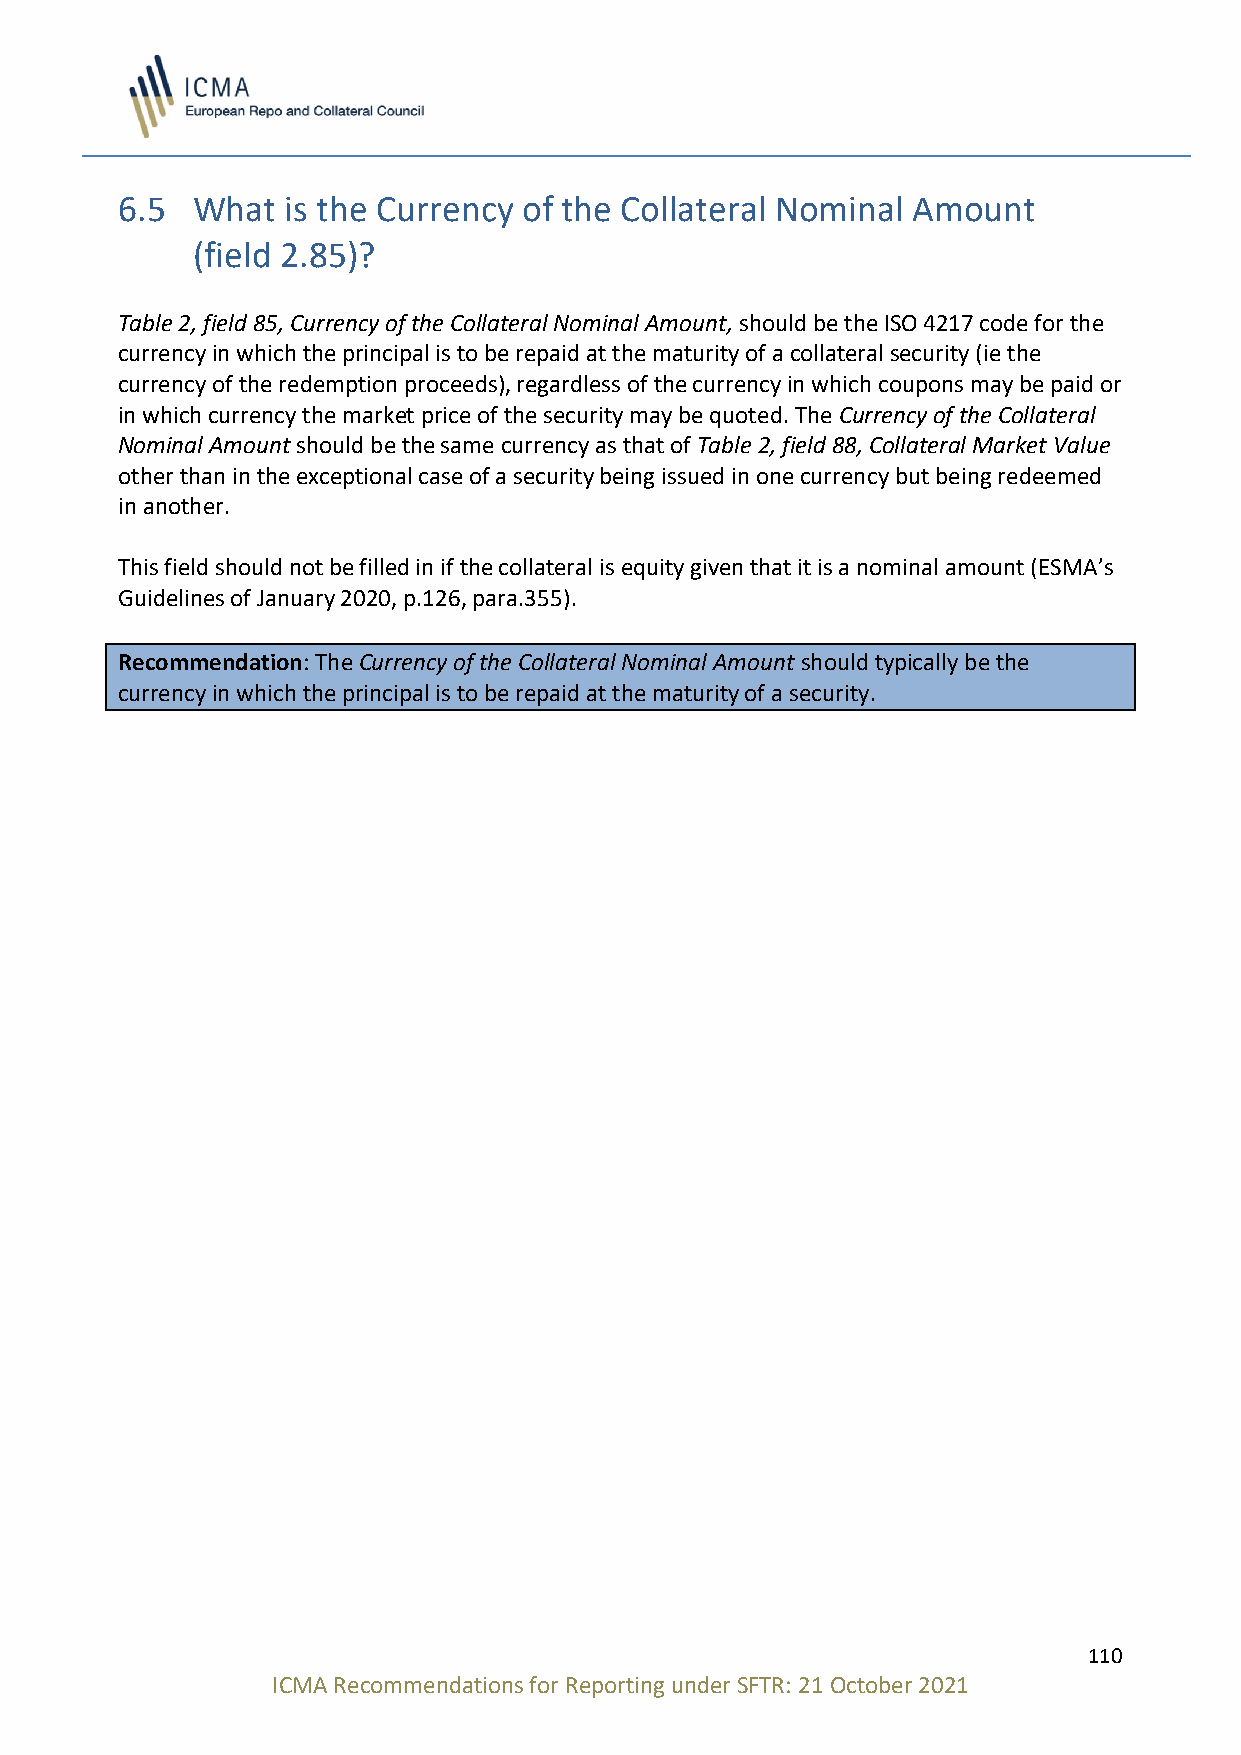
6.5  What  is the Currency of the Collateral Nominal Amount
 (field 2.85)?
 Table 2, field 85, Currency of the Collateral Nominal Amount, should be the ISO 4217 code for the
 currency in which the principal is to be repaid at the maturity of a collateral security (ie the
 currency of the redemption proceeds), regardless of the currency in which coupons may be paid or
 in which currency the market price of the security may be quoted. The Currency of the Collateral
 Nominal Amount should be the same currency as that of Table 2, field 88, Collateral Market Value
 other than in the exceptional case of a security being issued in one currency but being redeemed
 in another.
 This field should not be filled in if the collateral is equity given that it is a nominal amount (ESMA’s
 Guidelines of January 2020, p.126, para.355).
 Recommendation: The Currency of the Collateral Nominal Amount should typically be the
 currency in which the principal is to be repaid at the maturity of a security.
 110
 ICMA Recommendations for Reporting under SFTR: 21 October 2021